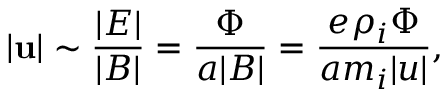
| \mathbf { u } | \sim \frac { | E | } { | B | } = \frac { \Phi } { a | B | } = \frac { e \rho _ { i } \Phi } { a m _ { i } | u | } ,